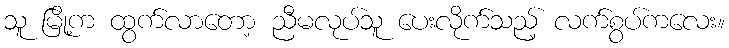
သူ မြို့က ထွက်လာတော့ ညီမလုပ်သူ ပေးလိုက်သည့် လက်စွပ်ကလေး။